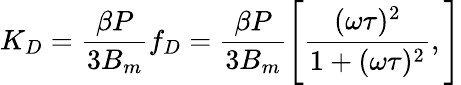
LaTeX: K_{D}=\frac{\beta P}{3B_{m}}f_{D}=\frac{\beta P}{3B_{m}}\Bigg[\frac{(\omega\tau)^{2}}{1+(\omega\tau)^{2}},\Bigg]